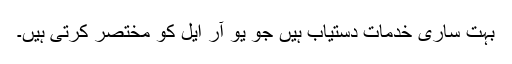
بہت ساری خدمات دستیاب ہیں جو یو آر ایل کو مختصر کرتی ہیں۔